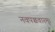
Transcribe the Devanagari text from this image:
नवपञ्चवारम्।